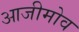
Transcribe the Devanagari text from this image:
आजीमोव